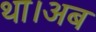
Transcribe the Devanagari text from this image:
था।अब